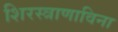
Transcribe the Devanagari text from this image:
शिरस्त्राणाविना